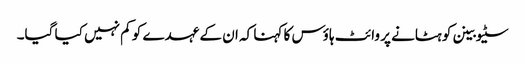
سٹیو بینن کو ہٹانے پر وائٹ ہاؤس کا کہنا کہ ان کے عہدے کو کم نہیں کیا گیا۔